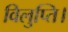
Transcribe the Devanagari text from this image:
विलुप्ति।